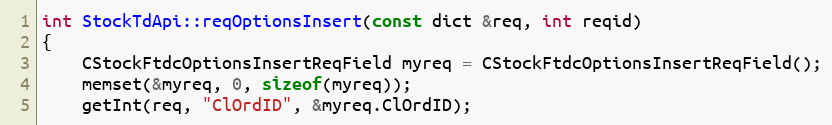
Language: C++
int StockTdApi::reqOptionsInsert(const dict &req, int reqid)
{
	CStockFtdcOptionsInsertReqField myreq = CStockFtdcOptionsInsertReqField();
	memset(&myreq, 0, sizeof(myreq));
	getInt(req, "ClOrdID", &myreq.ClOrdID);